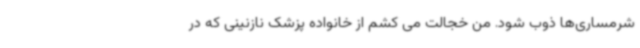
شرمساری‌ها ذوب شود. من خجالت می کشم از خانواده پزشک نازنینی که در